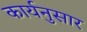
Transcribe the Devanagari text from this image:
कार्यनुसार